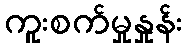
ကူးစက်မှုနှုန်း